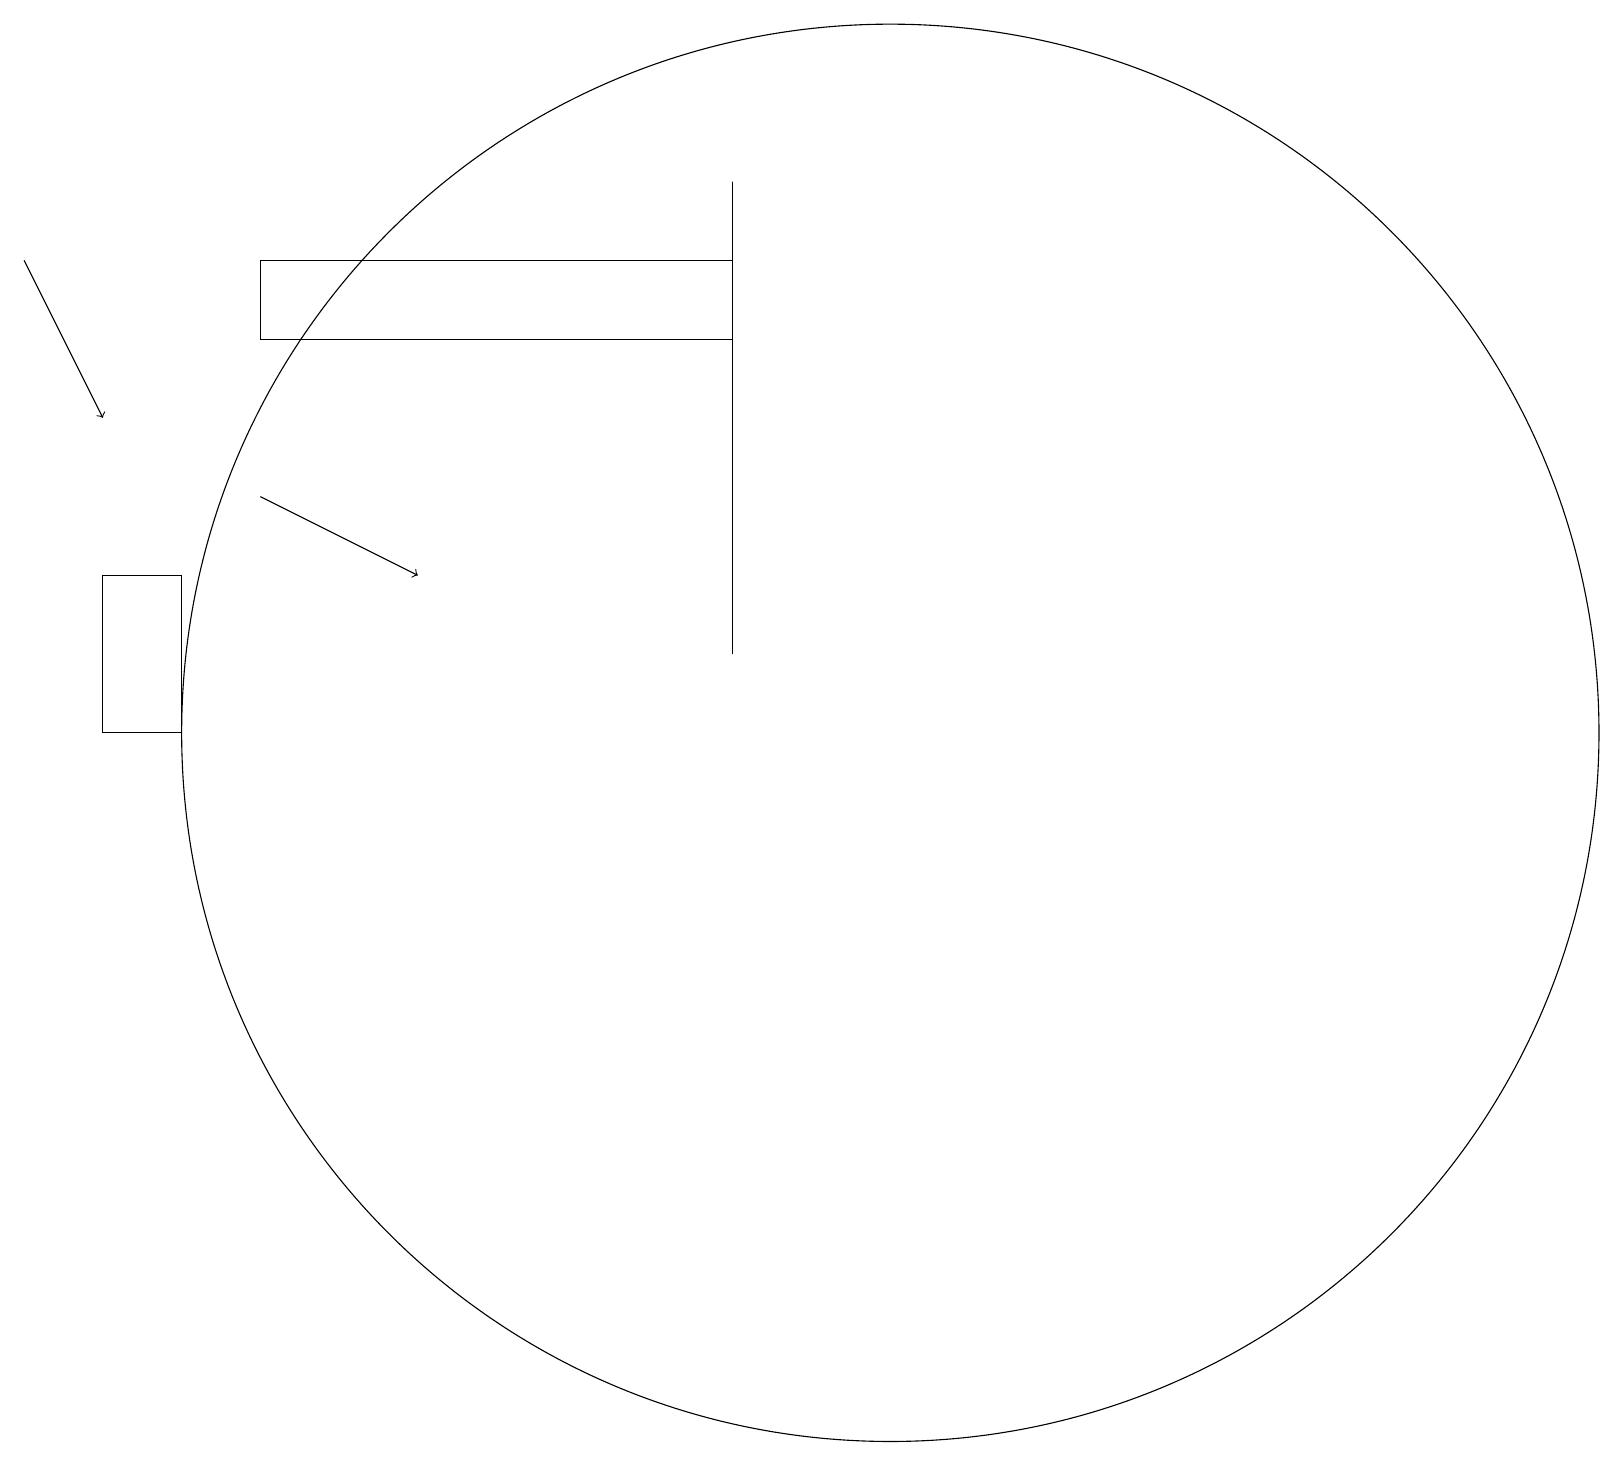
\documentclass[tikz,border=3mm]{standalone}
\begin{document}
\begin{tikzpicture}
\draw[->] (3,15) -- (5,14);
\draw (11,12) circle (9);
\draw (9,18) rectangle (3,17);
\draw (1,14) rectangle (2,12);
\draw (9,13) rectangle (9,19);
\draw[->] (0,18) -- (1,16);
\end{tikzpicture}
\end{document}